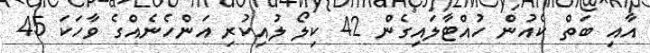
އާއި ބަތް ކެއުން ހުއްޓާލައިގެން 42 ކިލޯ ލުއިކުރި އަންހެނެއްގެ ވާހަކަ 45